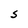
Character: S